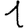
Digit: 1